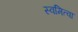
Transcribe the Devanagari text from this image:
स्वमित्वा